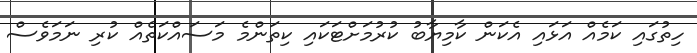
ހިތުގައި ކަމެއް އަޅައި އެކަން ކާމިޔާބު ކުރުމަށްޓަކައި ކިތަންމެ މަސައްކަތެއް ކުރި ނަމަވެސް